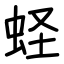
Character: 蛏